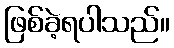
ဖြစ်ခဲ့ရပါသည်။